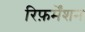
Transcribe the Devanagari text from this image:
रिफ़र्मेंशन